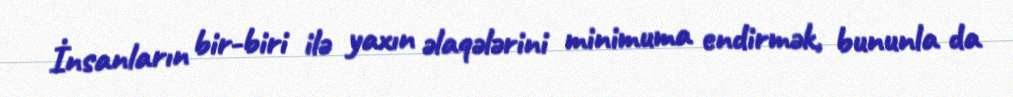
İnsanların bir-biri ilə yaxın əlaqələrini minimuma endirmək, bununla da